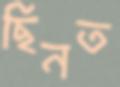
ছিনত